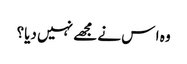
وہ ا س نے مجھے نہیں دیا؟